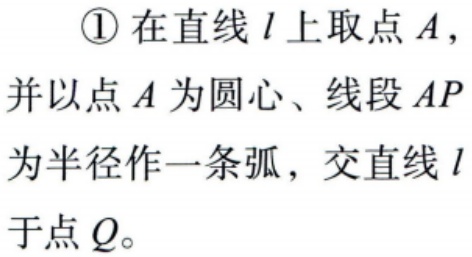
\textcircled{1}在直线\(l\)上取点\(A\)，并以点\(A\)为圆心、线段\(AP\)为半径作一条弧，交直线\(l\)于点\(Q\)。